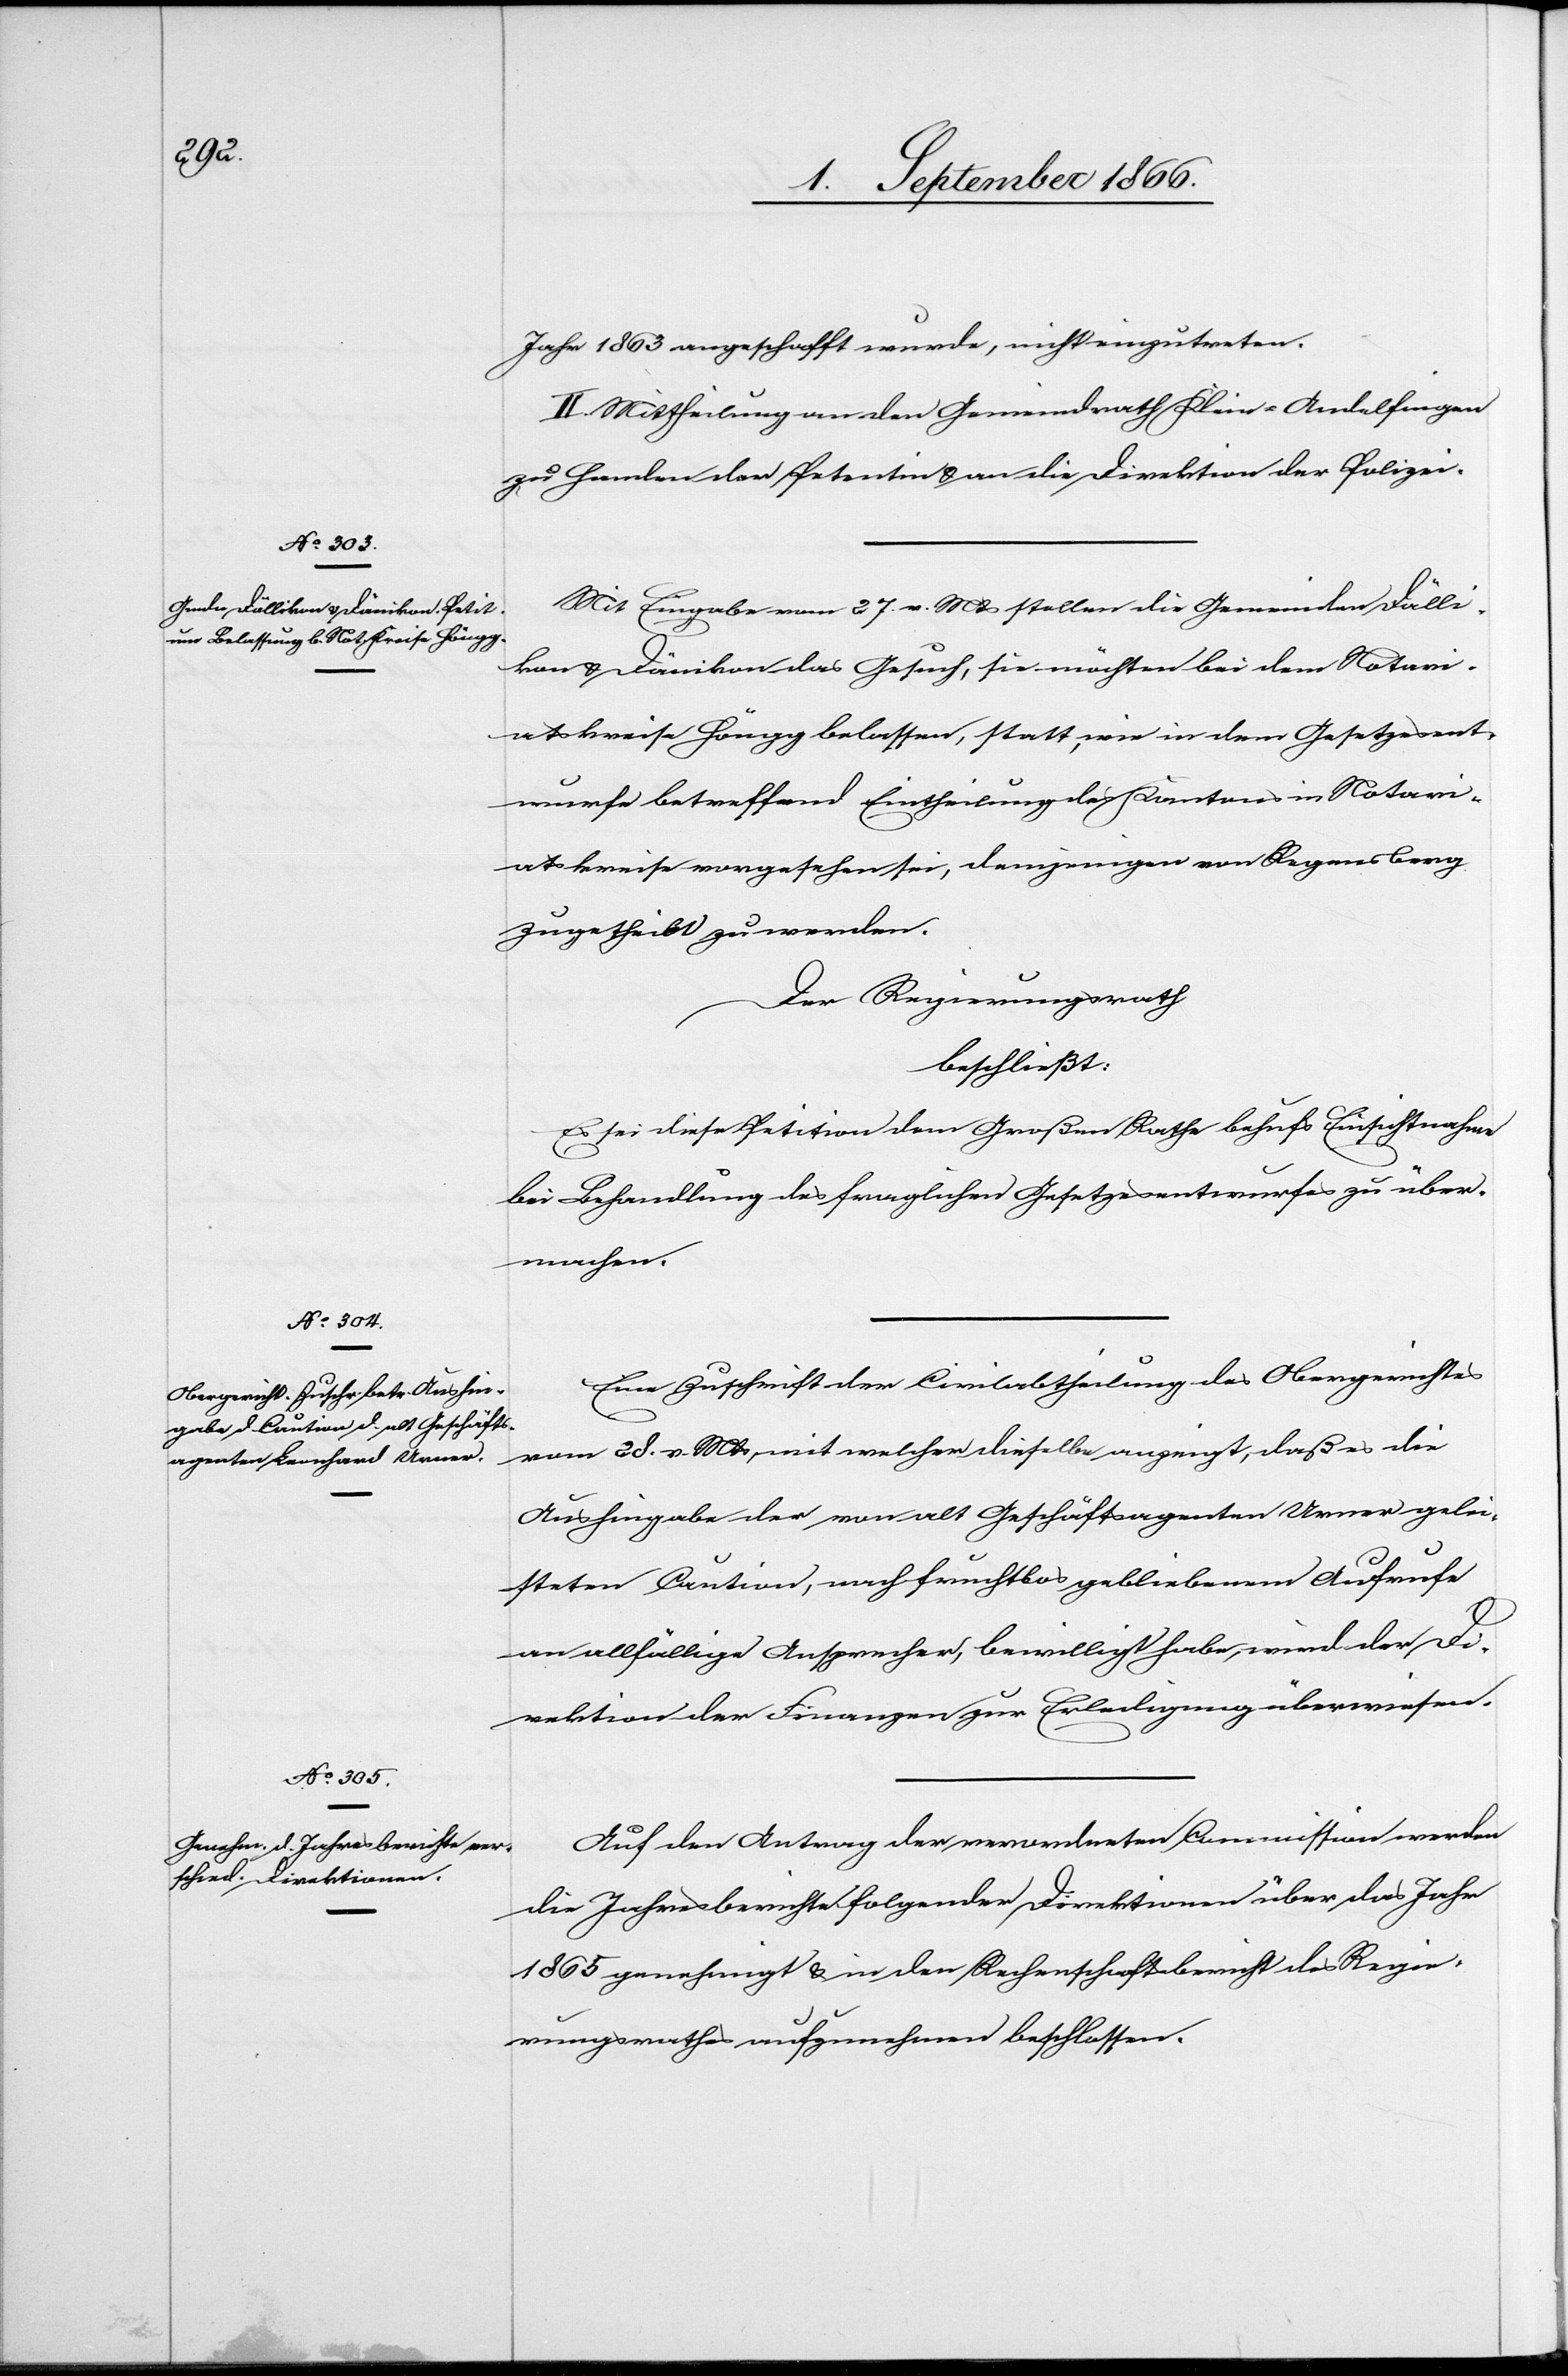
Jahr 1863 angeschafft wurde, nicht einzutreten.
II. Mittheilung an den Gemeindrath Klein-Andelfingen
zu Handen der Petentin u. an die Direktion der Polizei.
Mit Eingabe vom 27. v. Mts. stellen die Gemeinden Dälli¬
kon u. Dänikon das Gesuch, sie möchten bei dem Notari¬
atskreise Höngg belassen, statt, wie in dem Gesetzesent¬
wurfe betreffend Eintheilung des Kantons in Notari¬
atskreise vorgesehen sei, demjenigen von Regensberg
zugetheilt werden.
Der Regierungsrath,
beschließt:
Es sei diese Petition dem Großen Rathe behufs Einsichtnahme
bei Behandlung des fraglichen Gesetzesentwurfes zu über¬
machen.
Eine Zuschrift der Civilabtheilung des Obergerichtes
vom 28. v. Mts., mit welcher dieselbe anzeigt, daß es die
Aushingabe der von alt Geschäftsagenten Urner gelei¬
steten Caution, nach fruchtlos gebliebenem Aufrufe
an allfällige Ansprecher, bewilligt habe, wird der Di¬
rektion der Finanzen zur Erledigung überwiesen.
Auf den Antrag der verordneten Commission werden
die Jahresberichte folgender Direktionen über das Jahr
1865 genehmigt u. in den Rechenschaftsbericht des Regie¬
rungsrathes aufzunehmen beschlossen.